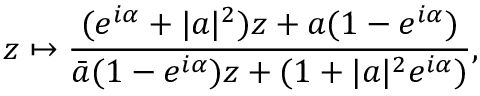
z \mapsto \frac { ( e ^ { i \alpha } + | a | ^ { 2 } ) z + a ( 1 - e ^ { i \alpha } ) } { \bar { a } ( 1 - e ^ { i \alpha } ) z + ( 1 + | a | ^ { 2 } e ^ { i \alpha } ) } ,